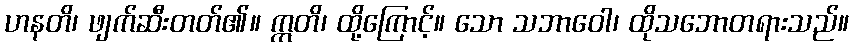
ဟနတိ၊ ဖျက်ဆီးတတ်၏။ ဣတိ၊ ထို့ကြောင့်။ သော သဘာဝေါ၊ ထိုသဘောတရားသည်။